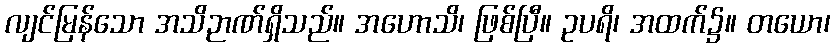
လျင်မြန်သော အသိဉာဏ်ရှိသည်။ အဟောသိ၊ ဖြစ်ပြီ။ ဥပရိ၊ အထက်၌။ တယော၊